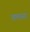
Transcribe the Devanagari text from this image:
वमासा